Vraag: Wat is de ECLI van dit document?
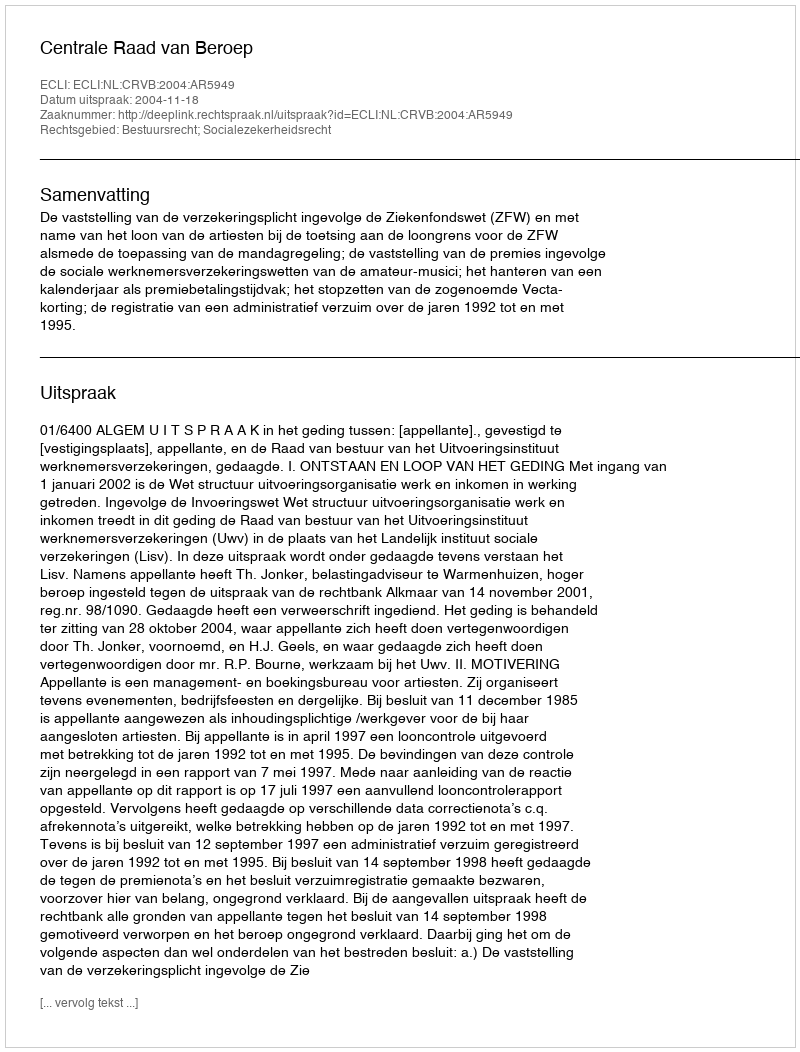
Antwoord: ECLI:NL:CRVB:2004:AR5949